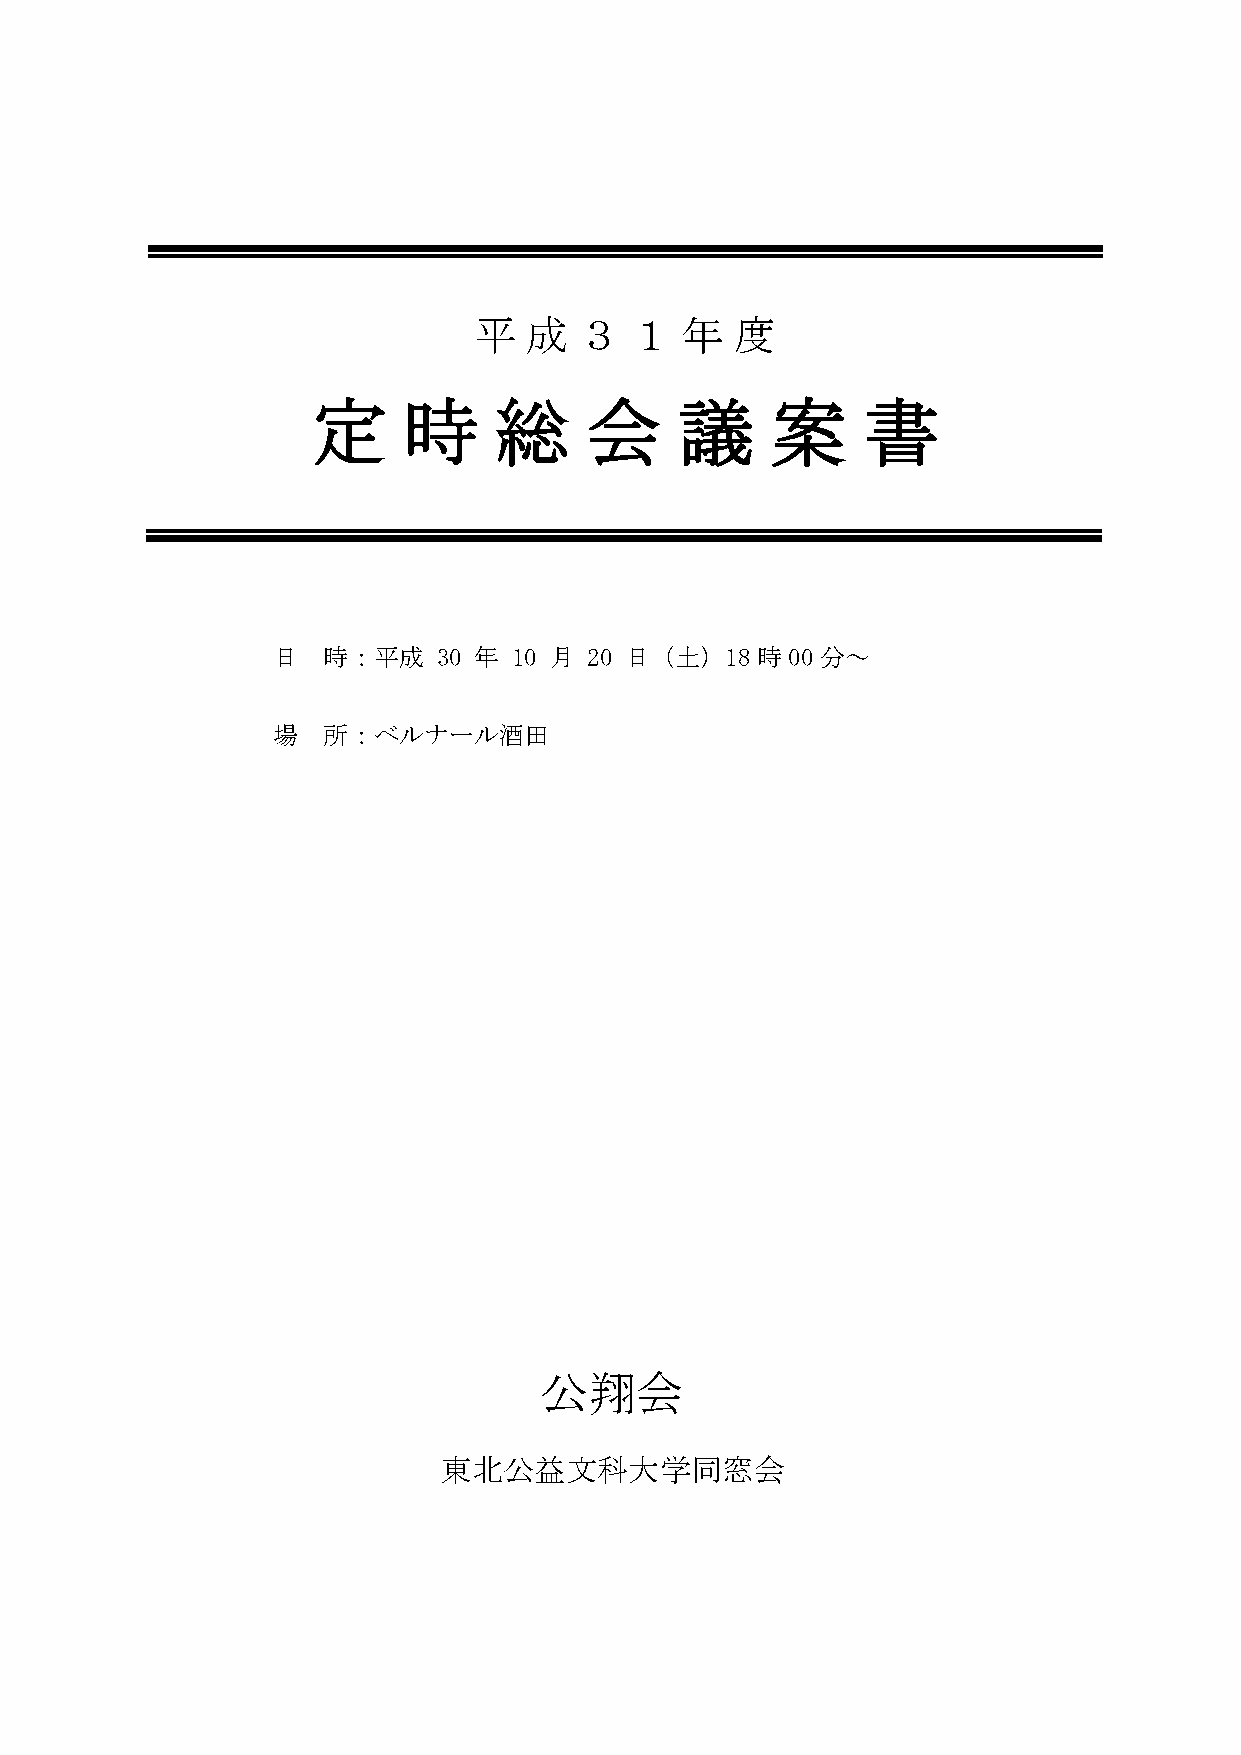
平   成  ３   １  年   度
 定     時     総     会     議     案     書
 日  時：平成    30 年 10 月 20 日（土）18時00分～
 場  所：ベルナール酒田
 公翔会
 東北公益文科大学同窓会